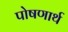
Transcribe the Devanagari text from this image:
पोषणार्थ